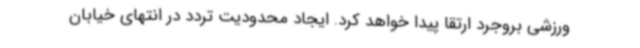
ورزشی بروجرد ارتقا پیدا خواهد کرد. ایجاد محدودیت تردد در انتهای خیابان